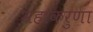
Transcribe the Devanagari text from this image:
महाकरुणा